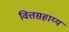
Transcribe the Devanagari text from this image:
वित्तसहाय्य